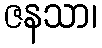
ဇနသာ၊